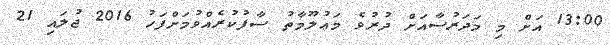
13:00 އަށް މި މަދަރުސާއަށް ދުރުވެ މަޢުލޫމާތު ސާފުކުރެއްވުމަށްފަހު 2016 ޖުލައި 21